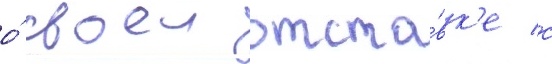
о́ своеи отста́вк'е с